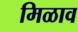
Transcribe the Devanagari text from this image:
मिळाव